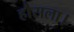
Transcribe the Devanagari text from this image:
हौसला।